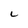
Character: L